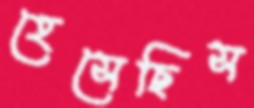
হেসেছিস